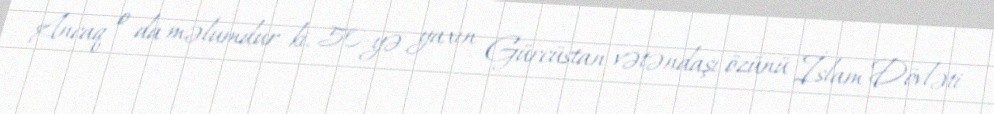
Ancaq o da məlumdur ki, 50-yə yaxın Gürcüstan vətəndaşı özünü İslam Dövləti